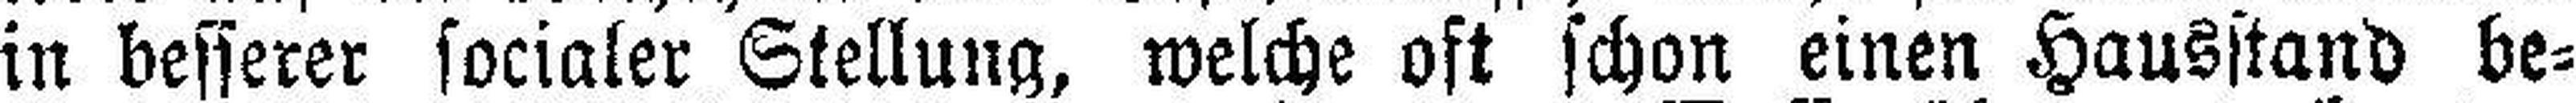
in besserer socialer Stellung, welche oft schon einen Hausstand be¬